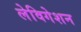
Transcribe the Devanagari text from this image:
लेविगेशन